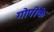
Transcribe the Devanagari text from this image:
गोपीके